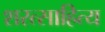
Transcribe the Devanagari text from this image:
शरत्साहित्य